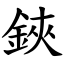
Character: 鋏